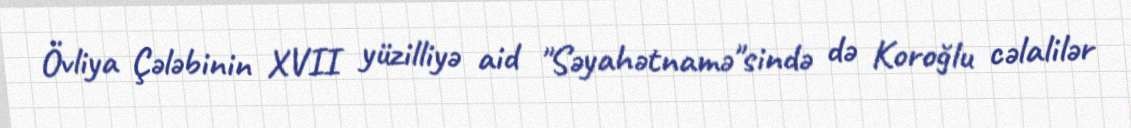
Övliya Çələbinin XVII yüzilliyə aid "Səyahətnamə"sində də Koroğlu cəlalilər